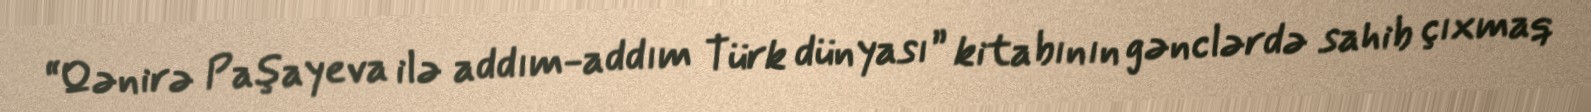
“Qənirə Paşayeva ilə addım-addım Türk dünyası” kitabının gənclərdə sahib çıxmaq